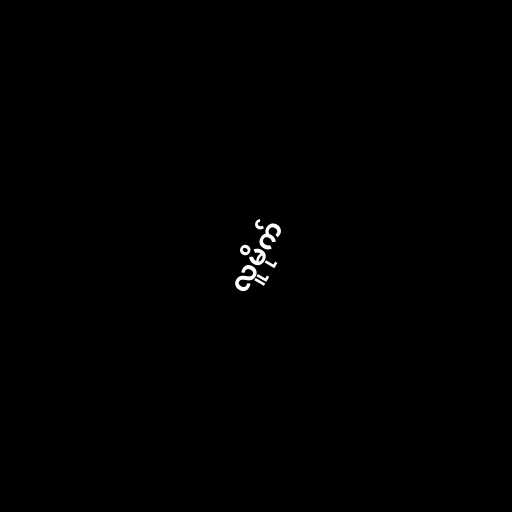
လူမိုက်